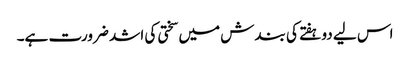
اس لیے دو ہفتے کی بندش میں سختی کی اشد ضرورت ہے۔